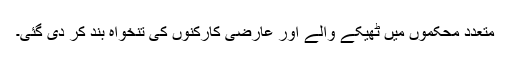
متعدد محکموں میں ٹھیکے والے اور عارضی کارکنوں کی تنخواہ بند کر دی گئی۔